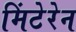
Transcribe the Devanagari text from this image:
मिंटेरेन